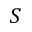
S